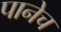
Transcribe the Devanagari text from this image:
पानेच